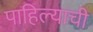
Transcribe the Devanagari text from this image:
पाहिल्याची